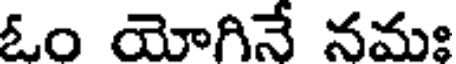
ఓం యోగినే నమః